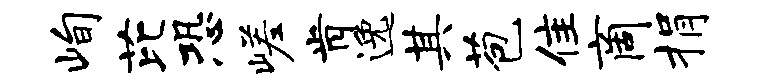
峋芘恐嵯肯逸其苞隹商捐